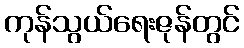
ကုန်သွယ်ရေးဇုန်တွင်